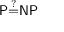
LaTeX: \mathsf { P { \overset { ? } { = } } N P }